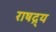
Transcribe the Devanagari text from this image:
राषद्र्य